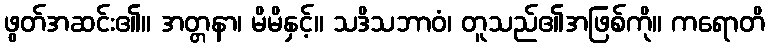
ဖွတ်အဆင်း၏။ အတ္တနာ၊ မိမိနှင့်။ သဒိသဘာဝံ၊ တူသည်၏အဖြစ်ကို။ ကရောတိ